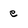
Character: e